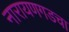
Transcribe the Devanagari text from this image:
नारायणगडचा